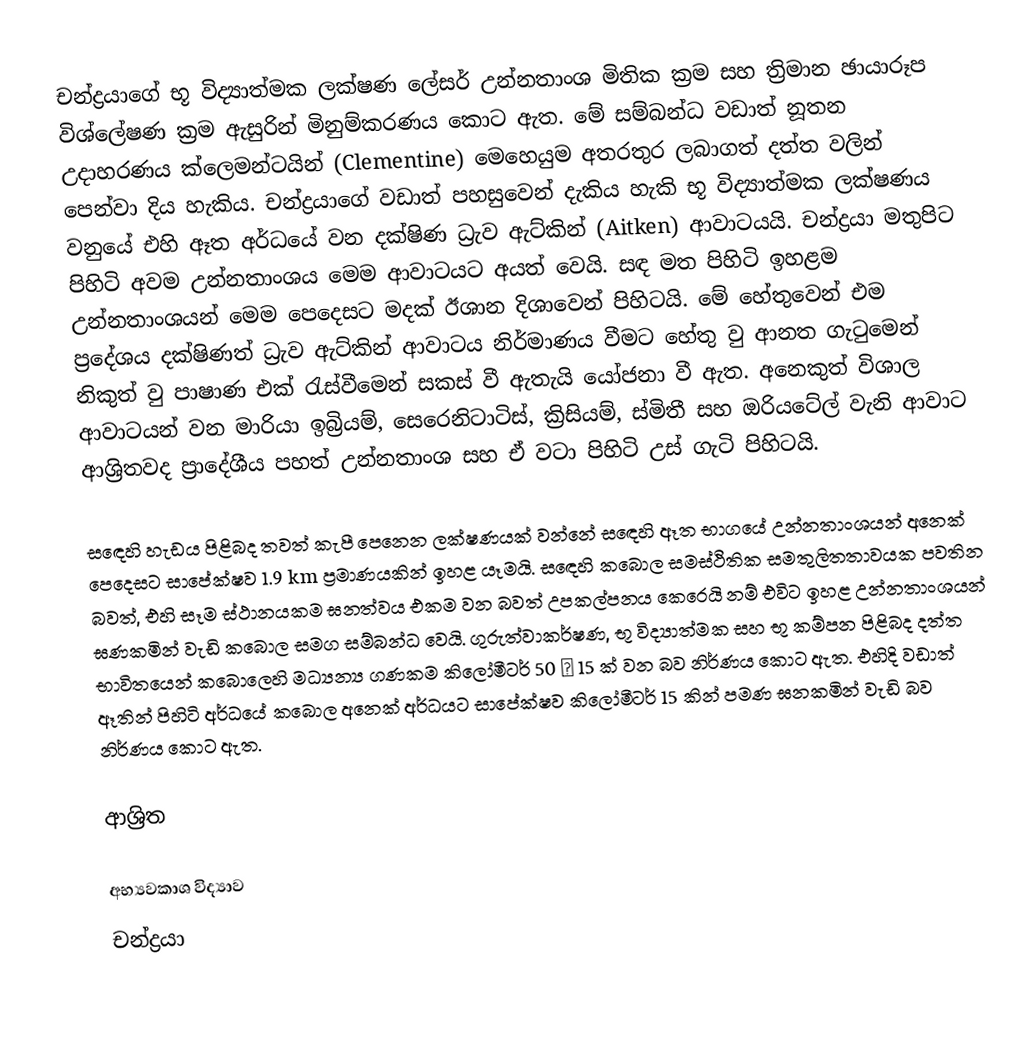
චන්ද්‍රයාගේ භූ විද්‍යාත්මක ලක්ෂණ ලේසර් උන්නතාංශ මිතික ක්‍රම සහ ත්‍රිමාන ඡායාරූප විශ්ලේෂණ ක්‍රම ඇසුරින් මිනුම්කරණය කොට ඇත. මේ සම්බන්ධ වඩාත් නූතන උදාහරණය ක්ලෙමන්ටයින් (Clementine) මෙහෙයුම අතරතුර ලබාගත් දත්ත වලින් පෙන්වා දිය හැකිය. චන්ද්‍රයාගේ වඩාත් පහසුවෙන් දැකිය හැකි භූ විද්‍යාත්මක ලක්ෂණය වනුයේ එහි ඈත අර්ධයේ වන දක්ෂිණ ධ්‍රැව ඇට්කින් (Aitken) ආවාටයයි. චන්ද්‍රයා මතුපිට පිහිටි අවම උන්නතාංශය මෙම ආවාටයට අයත් වෙයි. සඳ මත පිහිටි ඉහළම උන්නතාංශයන් මෙම පෙදෙසට මදක් ඊශාන දිශාවෙන් පිහිටයි. මේ හේතුවෙන් එම ප්‍රදේශය දක්ෂිණත් ධ්‍රැව ඇට්කින් ආවාටය නිර්මාණය වීමට හේතු වු ආනත ගැටුමෙන් නිකුත් වු පාෂාණ එක් රැස්වීමෙන් සකස් වී ඇතැයි යෝජනා වී ඇත. අනෙකුත් විශාල ආවාටයන් වන මාරියා ඉබ්‍රියම්, සෙරෙනිටාටිස්, ක්‍රිසියම්, ස්මිතී සහ ඔරියටේල් වැනි ආවාට ආශ්‍රිතවද ප්‍රාදේශීය පහත් උන්නතාංශ සහ ඒ වටා පිහිටි උස් ගැටි පිහිටයි.

සඳෙහි හැඩය පිළිබද තවත් කැපී පෙනෙන ලක්ෂණයක් වන්නේ සඳෙහි ඈත භාගයේ උන්නතාංශයන් අනෙක් පෙදෙසට සාපේක්ෂව 1.9 km ප්‍රමාණයකින් ඉහළ යෑමයි. සඳෙහි කබොල සමස්ථිතික සමතුලිතතාවයක පවතින බවත්, එහි සෑම ස්ථානයකම ඝනත්වය එකම වන බවත් උපකල්පනය කෙරෙයි නම් එවිට ඉහළ උන්නතාංශයන් ඝණකමින් වැඩි කබොල සමග සම්බන්ධ වෙයි. ගුරුත්වාකර්ෂණ, භූ විද්‍යාත්මක සහ භූ කම්පන පිළිබද දත්ත භාවිතයෙන් කබොලෙහි මධ්‍යන්‍ය ගණකම කිලෝමීටර් 50 ± 15 ක් වන බව නිර්ණය කොට ඇත. එහිදි වඩාත් ඈතින් පිහිටි අර්ධයේ කබොල අනෙක් අර්ධයට සාපේක්ෂව කිලෝමීටර් 15 කින් පමණ ඝනකමින් වැඩි බව නිර්ණය කොට ඇත.

ආශ්‍රිත

අභ්‍යවකාශ විද්‍යාව
චන්ද්‍රයා